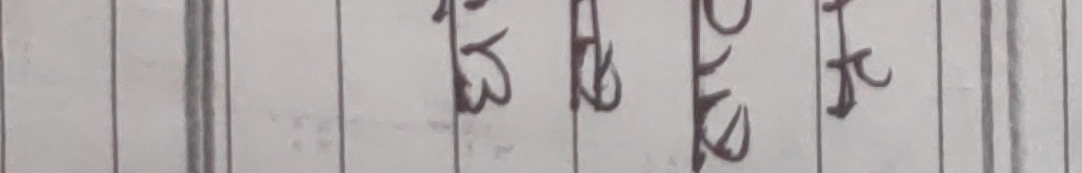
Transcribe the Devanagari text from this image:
दाहे रु